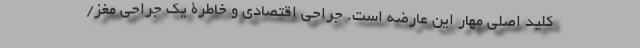
کلید اصلی مهار این عارضه است. جراحی اقتصادی و خاطرۀ یک جراحی مغز/